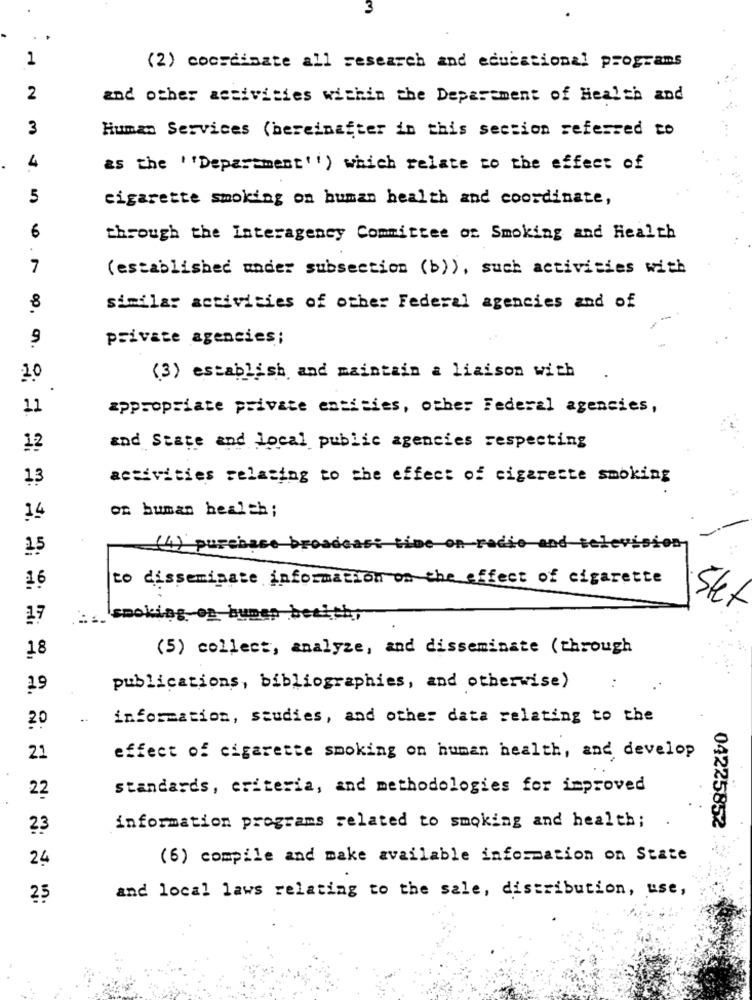
3
1
(2) coordinate all research and educational programs
2
and other activities within the Department of Health and
3
Human Services (bereinafter in this section referred to
4
as the ' 'Department'i) which relate to the effect of
5
cigarette smoking on human health and coordinate,
6
through the interagency Committee of Smoking and Health
7
(established under subsection (b)), such activities with
8
similar activities of other Federal agencies and of
9
private agencies;
2.0
(3) establish and maintain a liaison with
11
appropriate private entities, other Federal agencies,
12
and State and local public agencies respecting
13
activities relating to the effect of cigarette smoking
on human health ;
14
1.5
(4) purchase
ime on radio and television
to disseminate information on the effect of cigarette
16
17
smoking on humer becich,
(5) collect, analyze, and disseminate (through
18
19
publications, bibliographies, and otherwise)
:
20
information, studies, and other data relating to the
21
effect of cigarette smoking on human health, and develop
22
standards, criteria, and methodologies for improved
23
information programs related to smoking and health;
04225852
24
(6) compile and make available information on State
and local laws relating to the sale, distribution, use,
25